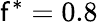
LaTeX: \mathsf{f}^{*}=0.8